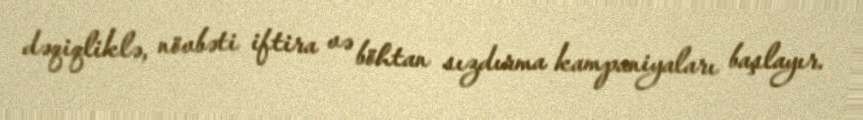
dəqiqliklə, növbəti iftira və böhtan sızdırma kampaniyaları başlayır.